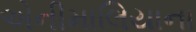
એનીમાલિયાના